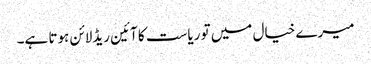
میرے خیال میں تو ریاست کا آئین ریڈلائن ہوتا ہے۔